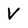
Character: V